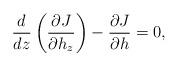
LaTeX: \begin{align*}\frac{d}{dz}\left( \frac{\partial J}{ \partial h_z } \right) - \frac{\partial J}{\partial h} = 0,\end{align*}